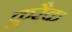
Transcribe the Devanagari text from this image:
कुरैक